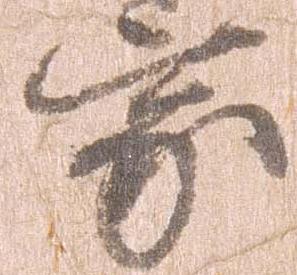
家